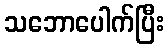
သဘောပေါက်ပြီး